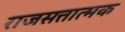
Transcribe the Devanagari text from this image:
राजसत्तात्मक